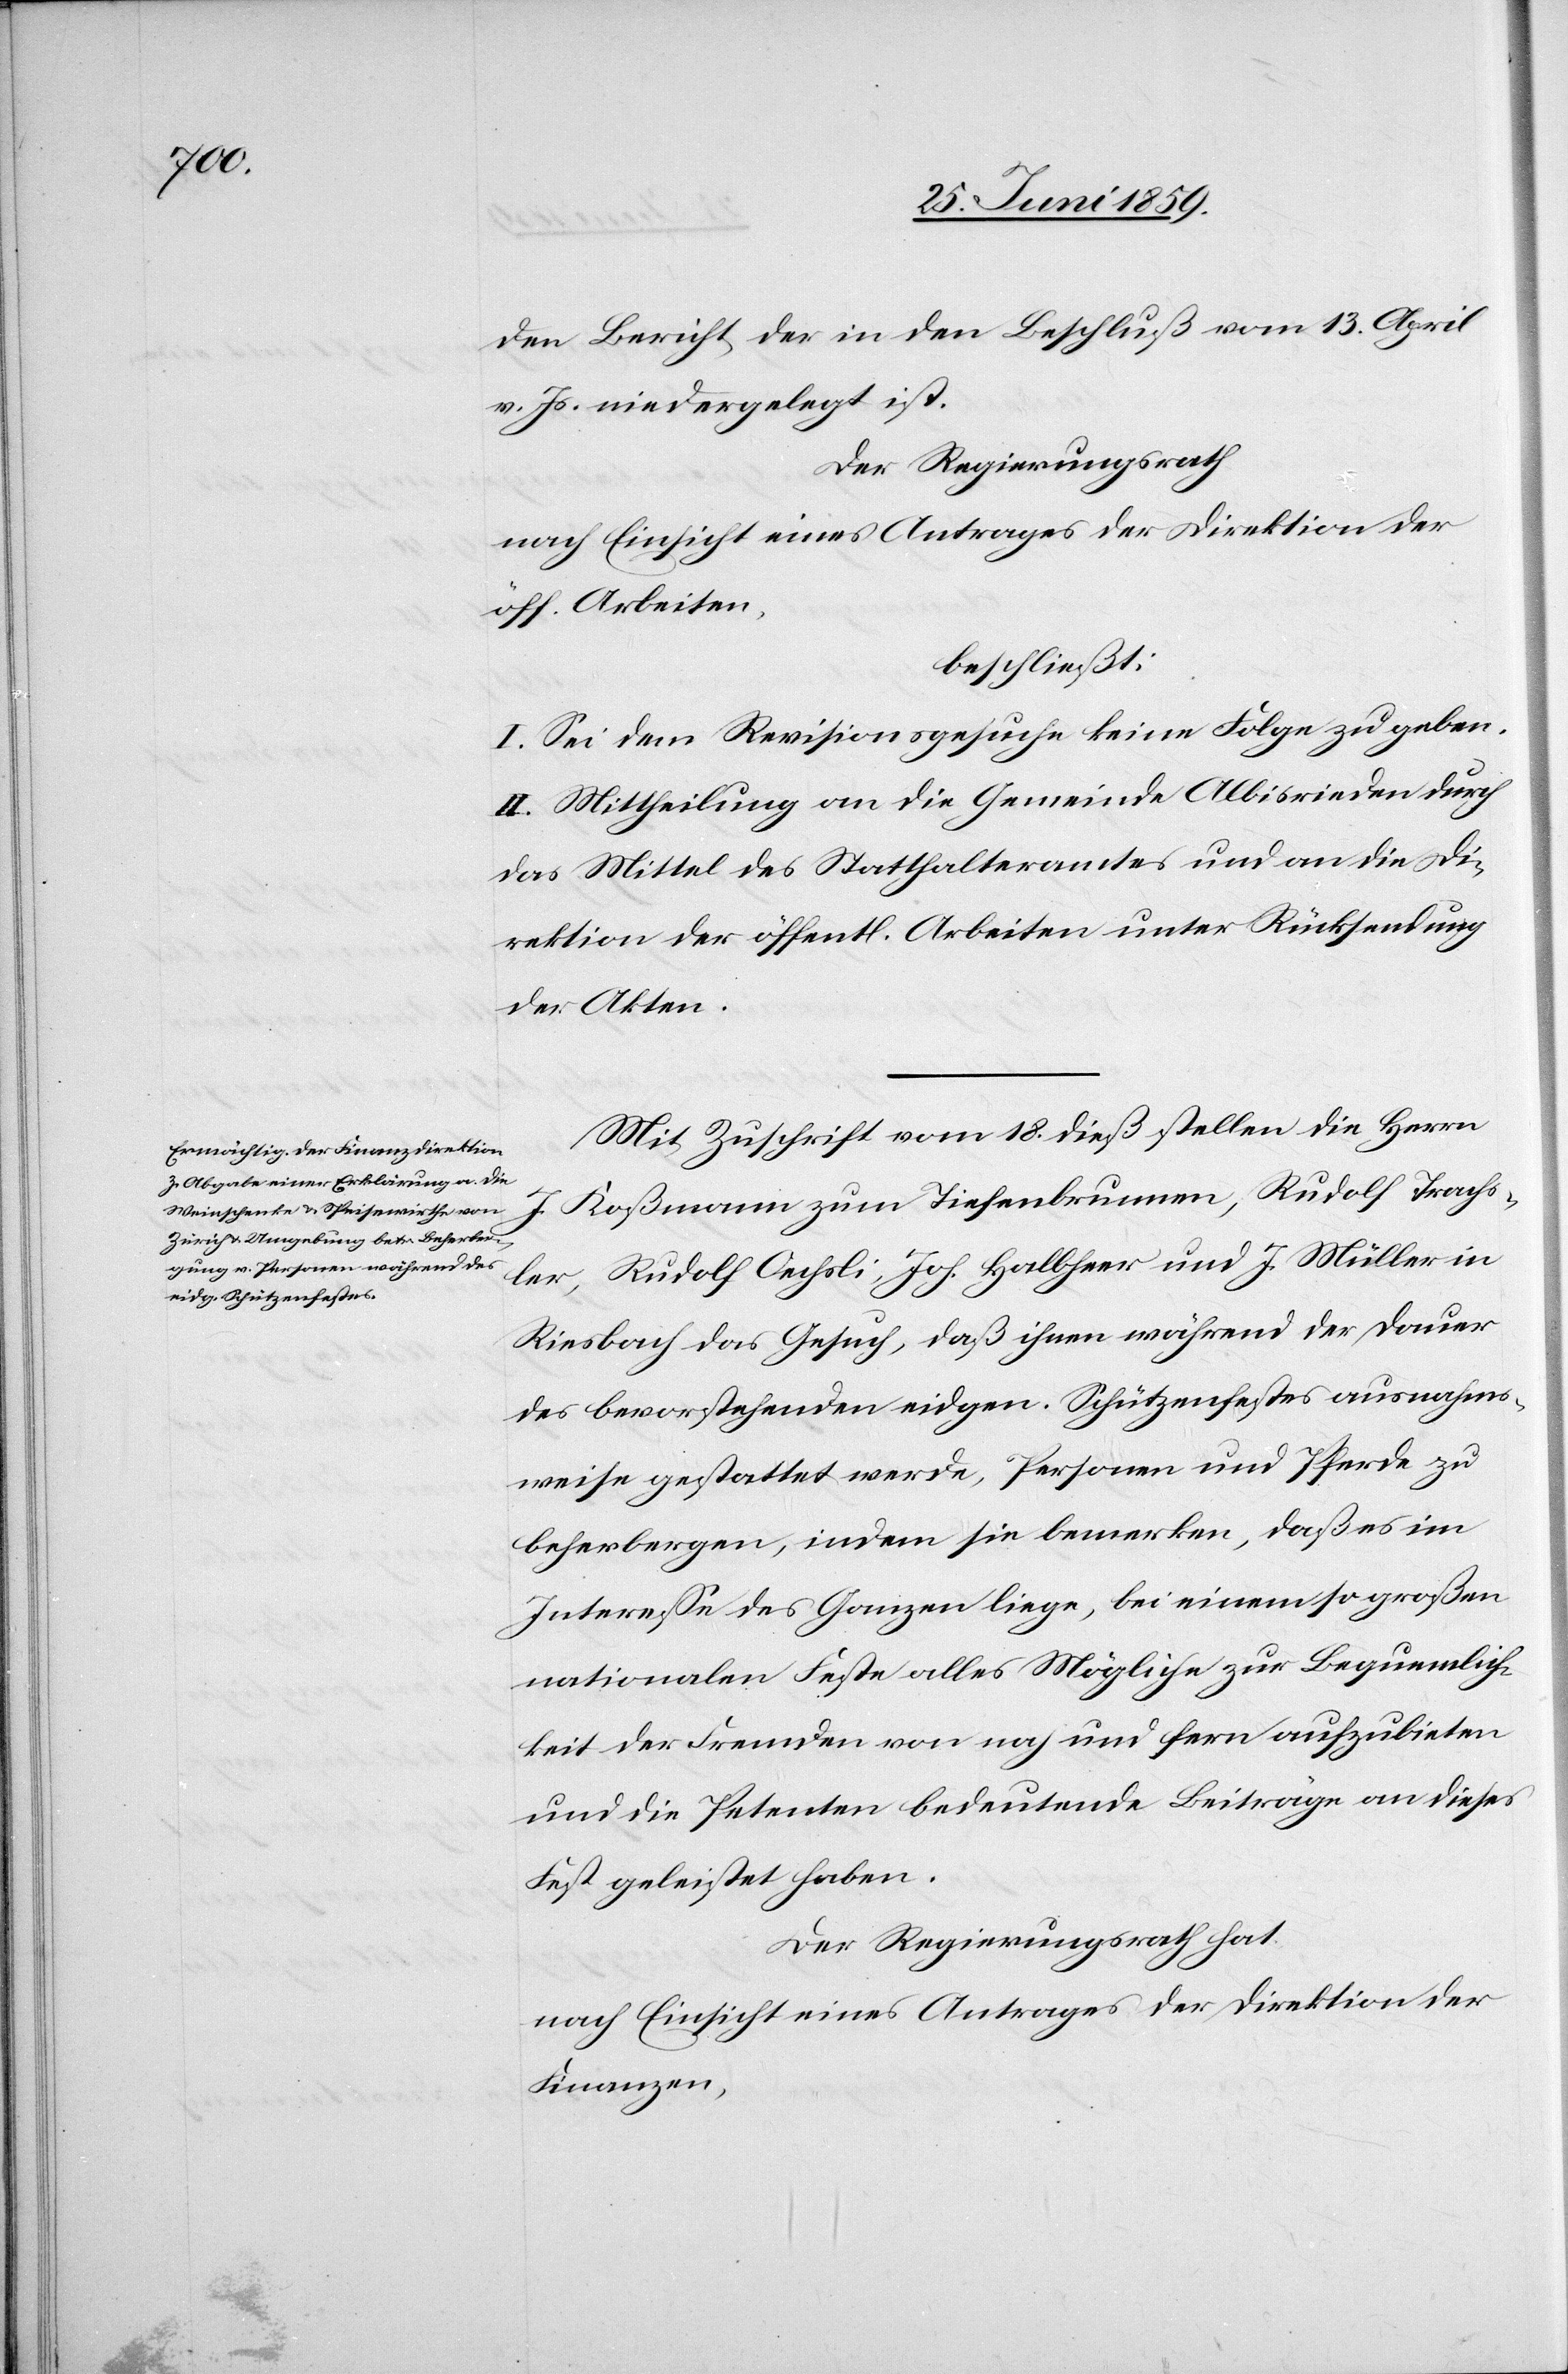
den Bericht der in dem Beschluß vom 13. April
v. Js. niederlegt ist.
Der Regierungsrath
nach Einsicht eines Antrages der Direktion der
öff. Arbeiten,
beschließt:
I. Sei dem Revisionsgesuche keine Folge zu geben.
II. Mittheilung an die Gemeinde Albisrieden durch
das Mittel des Statthalteramtes und an die Di¬
rektion der öffentl. Arbeiten unter Rücksendung
der Akten.
Mit Zuschrift vom 18. dieß stellen die Herrn
J. Roßmann zum Tiefenbrunnen, Rudolf Trachs¬
ler, Rudolf Oechsli, Joh. Halbheer und J. Müller in
Riesbach das Gesuch, daß ihnen während der Dauer
des bevorstehenden eidgen. Schützenfestes ausnahms¬
weise gestattet werde, Personen und Pferde zu
beherbergen, indem sie bemerken, daß es im
Interesse des Ganzen liege, bei einem so großen
nationalen Feste alles Mögliche zur Bequemlich¬
keit der Fremden von nah und fern aufzubieten
und die Petenten bedeutende Beiträge an dieses
Fest gleistet haben.
Der Regierungsrath hat
nach Einsicht eines Antrages der Direktion der
Finanzen